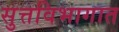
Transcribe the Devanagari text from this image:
सुत्तविभागात